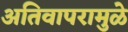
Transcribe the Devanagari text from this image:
अतिवापरामुळे